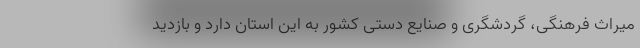
میراث فرهنگی، گردشگری و صنایع دستی کشور به این استان دارد و بازدید